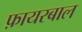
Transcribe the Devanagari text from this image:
फ़ायरबाल